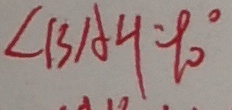
\angle B A H = 9 0 ^ { \circ }